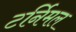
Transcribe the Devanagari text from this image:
टर्निमल